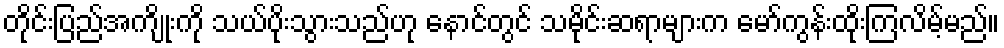
တိုင်းပြည်အကျိုးကို သယ်ပိုးသွားသည်ဟု နောင်တွင် သမိုင်းဆရာများက မော်ကွန်းထိုးကြလိမ့်မည်။